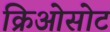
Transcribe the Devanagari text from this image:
क्रिओसोट